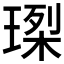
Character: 𤧮